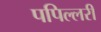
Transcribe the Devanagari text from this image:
पपिल्लरी